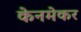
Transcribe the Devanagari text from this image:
केनमेकर